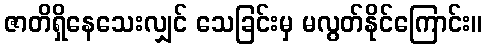
ဇာတိရှိနေသေးလျှင် သေခြင်းမှ မလွတ်နိုင်ကြောင်း။